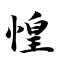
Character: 惶